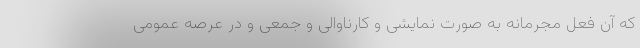
که آن فعل مجرمانه به صورت نمایشی و کارناوالی و جمعی و در عرصه عمومی